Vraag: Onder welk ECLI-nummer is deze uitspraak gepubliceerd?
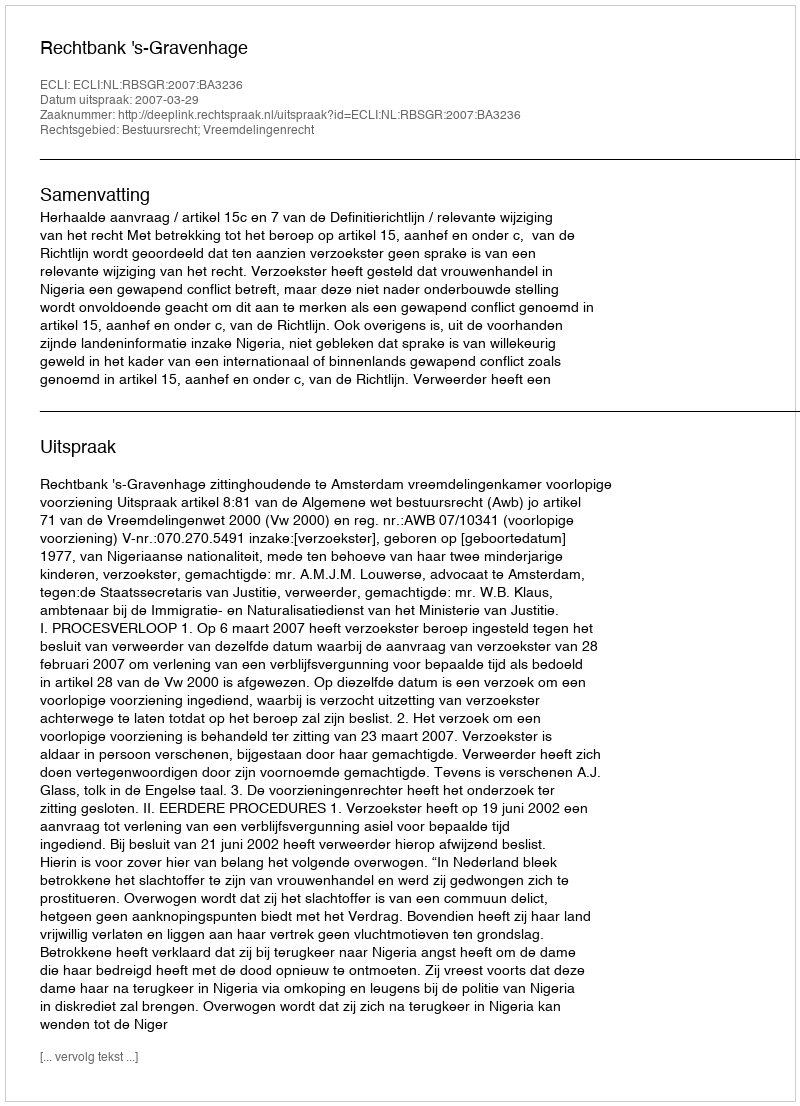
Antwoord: ECLI:NL:RBSGR:2007:BA3236